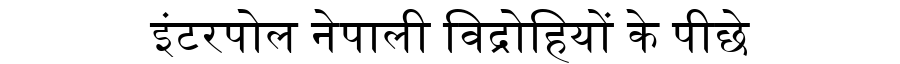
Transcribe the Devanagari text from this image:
इंटरपोल नेपाली विद्रोहियों के पीछे